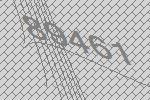
89461